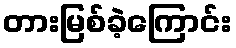
တားမြစ်ခဲ့ကြောင်း